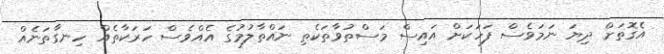
އެގޮތަށް ދިޔަ ނަމަވެސް ފަހަކަށް އައިސް މަސްތުވާތަކެތި ނައްތާލުމުގެ އެއްވެސް ހަރަކާތެއް ހިނގާތަނެއް